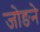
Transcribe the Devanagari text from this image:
जोङने